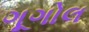
ગૂગોલ